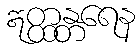
ဣတ္ထန္တရေန